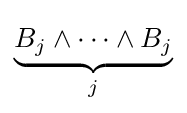
\underbrace {B_{j}\land \dots \land B_{j}} _{j}